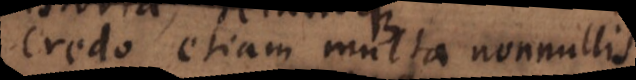
Credo etiam multa nonnullis